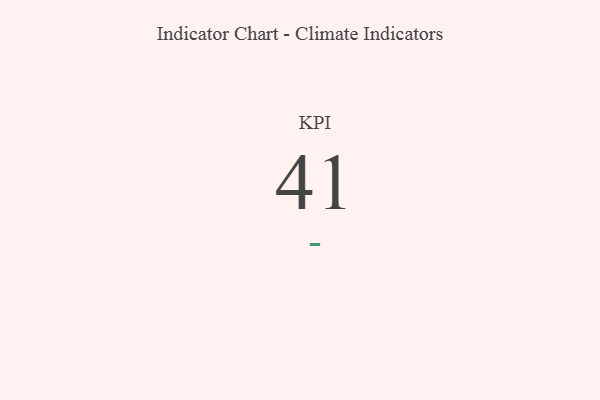
{"axis": {"x": "KPI", "y": "Value"}, "legend": [""], "data": [{"x": "KPI", "y": 41, "type": ""}]}